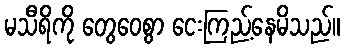
မသီရိကို တွေဝေစွာ ငေးကြည့်နေမိသည်။